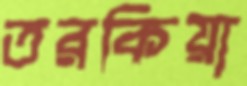
তরকিয়া